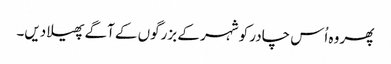
پھر وہ اُس چادر کو شہر کے بزرگوں کے آگے پھیلا دیں۔